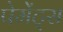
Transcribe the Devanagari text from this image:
पेमेंट्‌स